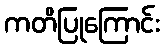
ကတိပြုကြောင်း